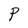
Character: P